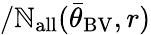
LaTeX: /\mathbb{N}_{\mathrm{{all}}}({\bar{{\theta}}}_{\mathrm{{BV}}},r)